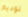
توديع